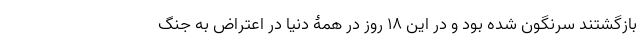
بازگشتند سرنگون شده بود و در این 18 روز در همۀ دنیا در اعتراض به جنگ